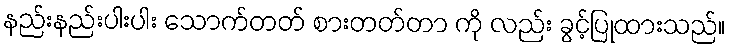
နည်းနည်းပါးပါး သောက်တတ် စားတတ်တာ ကို လည်း ခွင့်ပြုထားသည်။